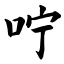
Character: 咛